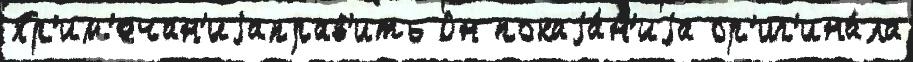
Пр'им'ечан'иjаправ'ить Он покаjа́н'иjа ор'иг'ина́ла